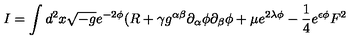
I = \int d ^ { 2 } x \sqrt { - g } e ^ { - 2 \phi } ( R + \gamma g ^ { \alpha \beta } \partial _ { \alpha } \phi \partial _ { \beta } { \phi } + \mu e ^ { 2 \lambda \phi } - \frac { 1 } { 4 } e ^ { \epsilon \phi } F ^ { 2 }